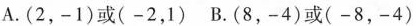
A. (2，-1)或(-2，1) B. (8，-4)或(-8，-4)